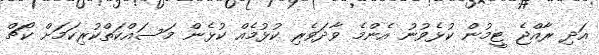
އަދި ރާއްޖެ ޓީމުން ކުޅެވުނު އެންމެ ވާދަވެރި ކުޅުމެއް ކުޅެން މަސައްކަތްކުރިކަމަށް ކޯޗް